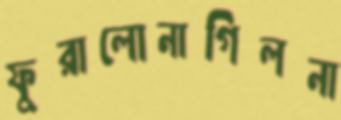
ফুরালোনাগিলনা